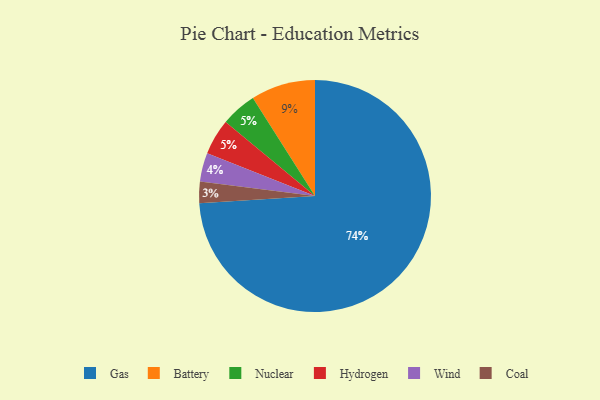
{"axis": {"x": "Category", "y": "Percentage"}, "legend": ["Battery", "Coal", "Gas", "Hydrogen", "Nuclear", "Wind"], "data": [{"x": "Battery", "y": 9, "type": "Battery"}, {"x": "Nuclear", "y": 5, "type": "Nuclear"}, {"x": "Gas", "y": 74, "type": "Gas"}, {"x": "Coal", "y": 3, "type": "Coal"}, {"x": "Hydrogen", "y": 5, "type": "Hydrogen"}, {"x": "Wind", "y": 4, "type": "Wind"}]}